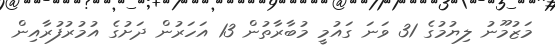
މަޒުމޫނު ލިޔުމުގެ 31 ވަނަ ގައުމީ މުބާރާތުން 13 އަހަރުން ދަށުގެ އުމުރުފުރާއިން